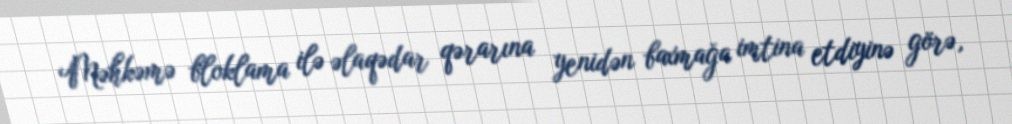
Məhkəmə bloklama ilə əlaqədar qərarına yenidən baxmağa imtina etdiyinə görə,